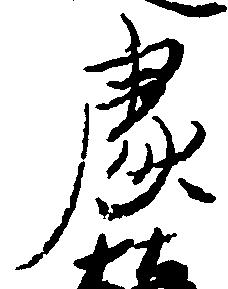
処